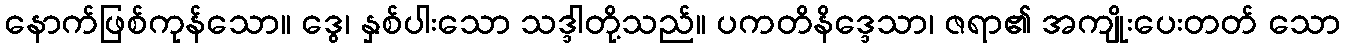
နောက်ဖြစ်ကုန်သော။ ဒွေ၊ နှစ်ပါးသော သဒ္ဒါတို့သည်။ ပကတိနိဒ္ဒေသာ၊ ဇရာ၏ အကျိုးပေးတတ် သော